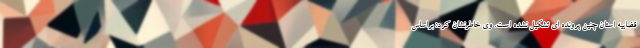
قضاییه استان چنین پرونده ای تشکیل نشده است. وی خاطرنشان کرد: براساس